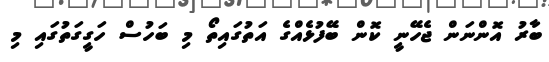
ބާރު އޮންނަން ޖެހޭނީ ކޮން ބޭފުޅެއްގެ އަތުގައިތޯ މި ބަހުސް ހަގީގަތުގައި މި